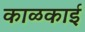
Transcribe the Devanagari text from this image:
काळकाई